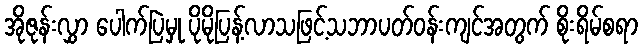
အိုဇုန်းလွှာ ပေါက်ပြဲမှု ပိုမိုပြန့်လာသဖြင့်သဘာပတ်ဝန်းကျင်အတွက် စိုးရိမ်စရာ